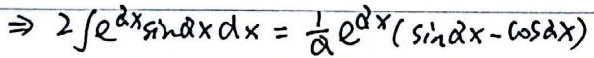
\(\Rightarrow 2\int e^{2x}\sin 2x \, dx=\frac{1}{a}e^{2x}(\sin 2x - \cos 2x)\)